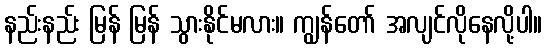
နည်းနည်း မြန် မြန် သွားနိုင်မလား။ ကျွန်တော် အလျင်လိုနေလို့ပါ။